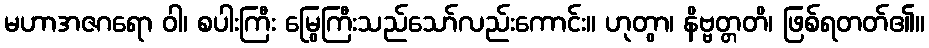
မဟာအဇဂရော ဝါ၊ စပါးကြီး မြွေကြီးသည်သော်လည်းကောင်း။ ဟုတွာ၊ နိဗ္ဗတ္တတိ၊ ဖြစ်ရတတ်၏။